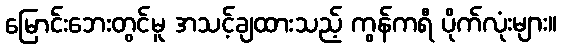
မြောင်းဘေးတွင်မူ အသင့်ချထားသည့် ကွန်ကရီ ပိုက်လုံးများ။